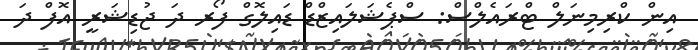
އިން ކްރިމިނަލް ޓްރައެލްސް: ސްޕެޝަލައިޒްޑް ޑައިލޮގް ފޯރ ދަ ޖުޑިޝަރީ އޮފް ދަ